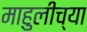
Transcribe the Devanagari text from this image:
माहुलीच्या